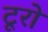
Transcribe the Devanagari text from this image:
टूरो